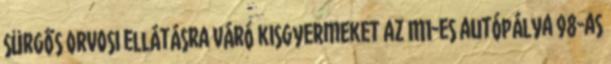
sürgős orvosi ellátásra váró kisgyermeket az M1-es autópálya 98-as